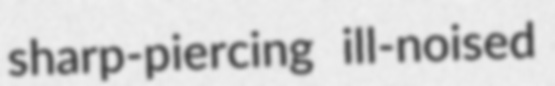
sharp-piercing ill-noised